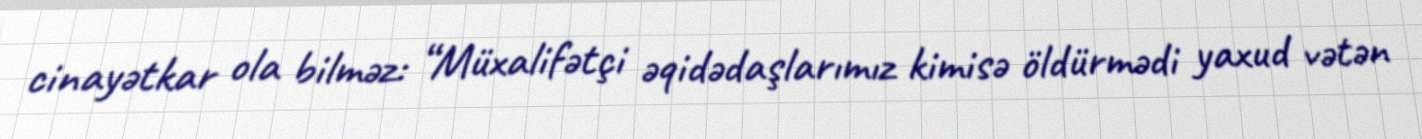
cinayətkar ola bilməz: “Müxalifətçi əqidədaşlarımız kimisə öldürmədi yaxud vətən